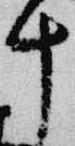
十